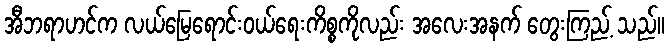
အီဘရာဟင်က လယ်မြေရောင်းဝယ်ရေးကိစ္စကိုလည်း အလေးအနက် တွေးကြည့် သည်။